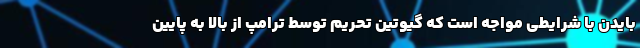
بایدن با شرایطی مواجه است که گیوتین تحریم توسط ترامپ از بالا به پایین